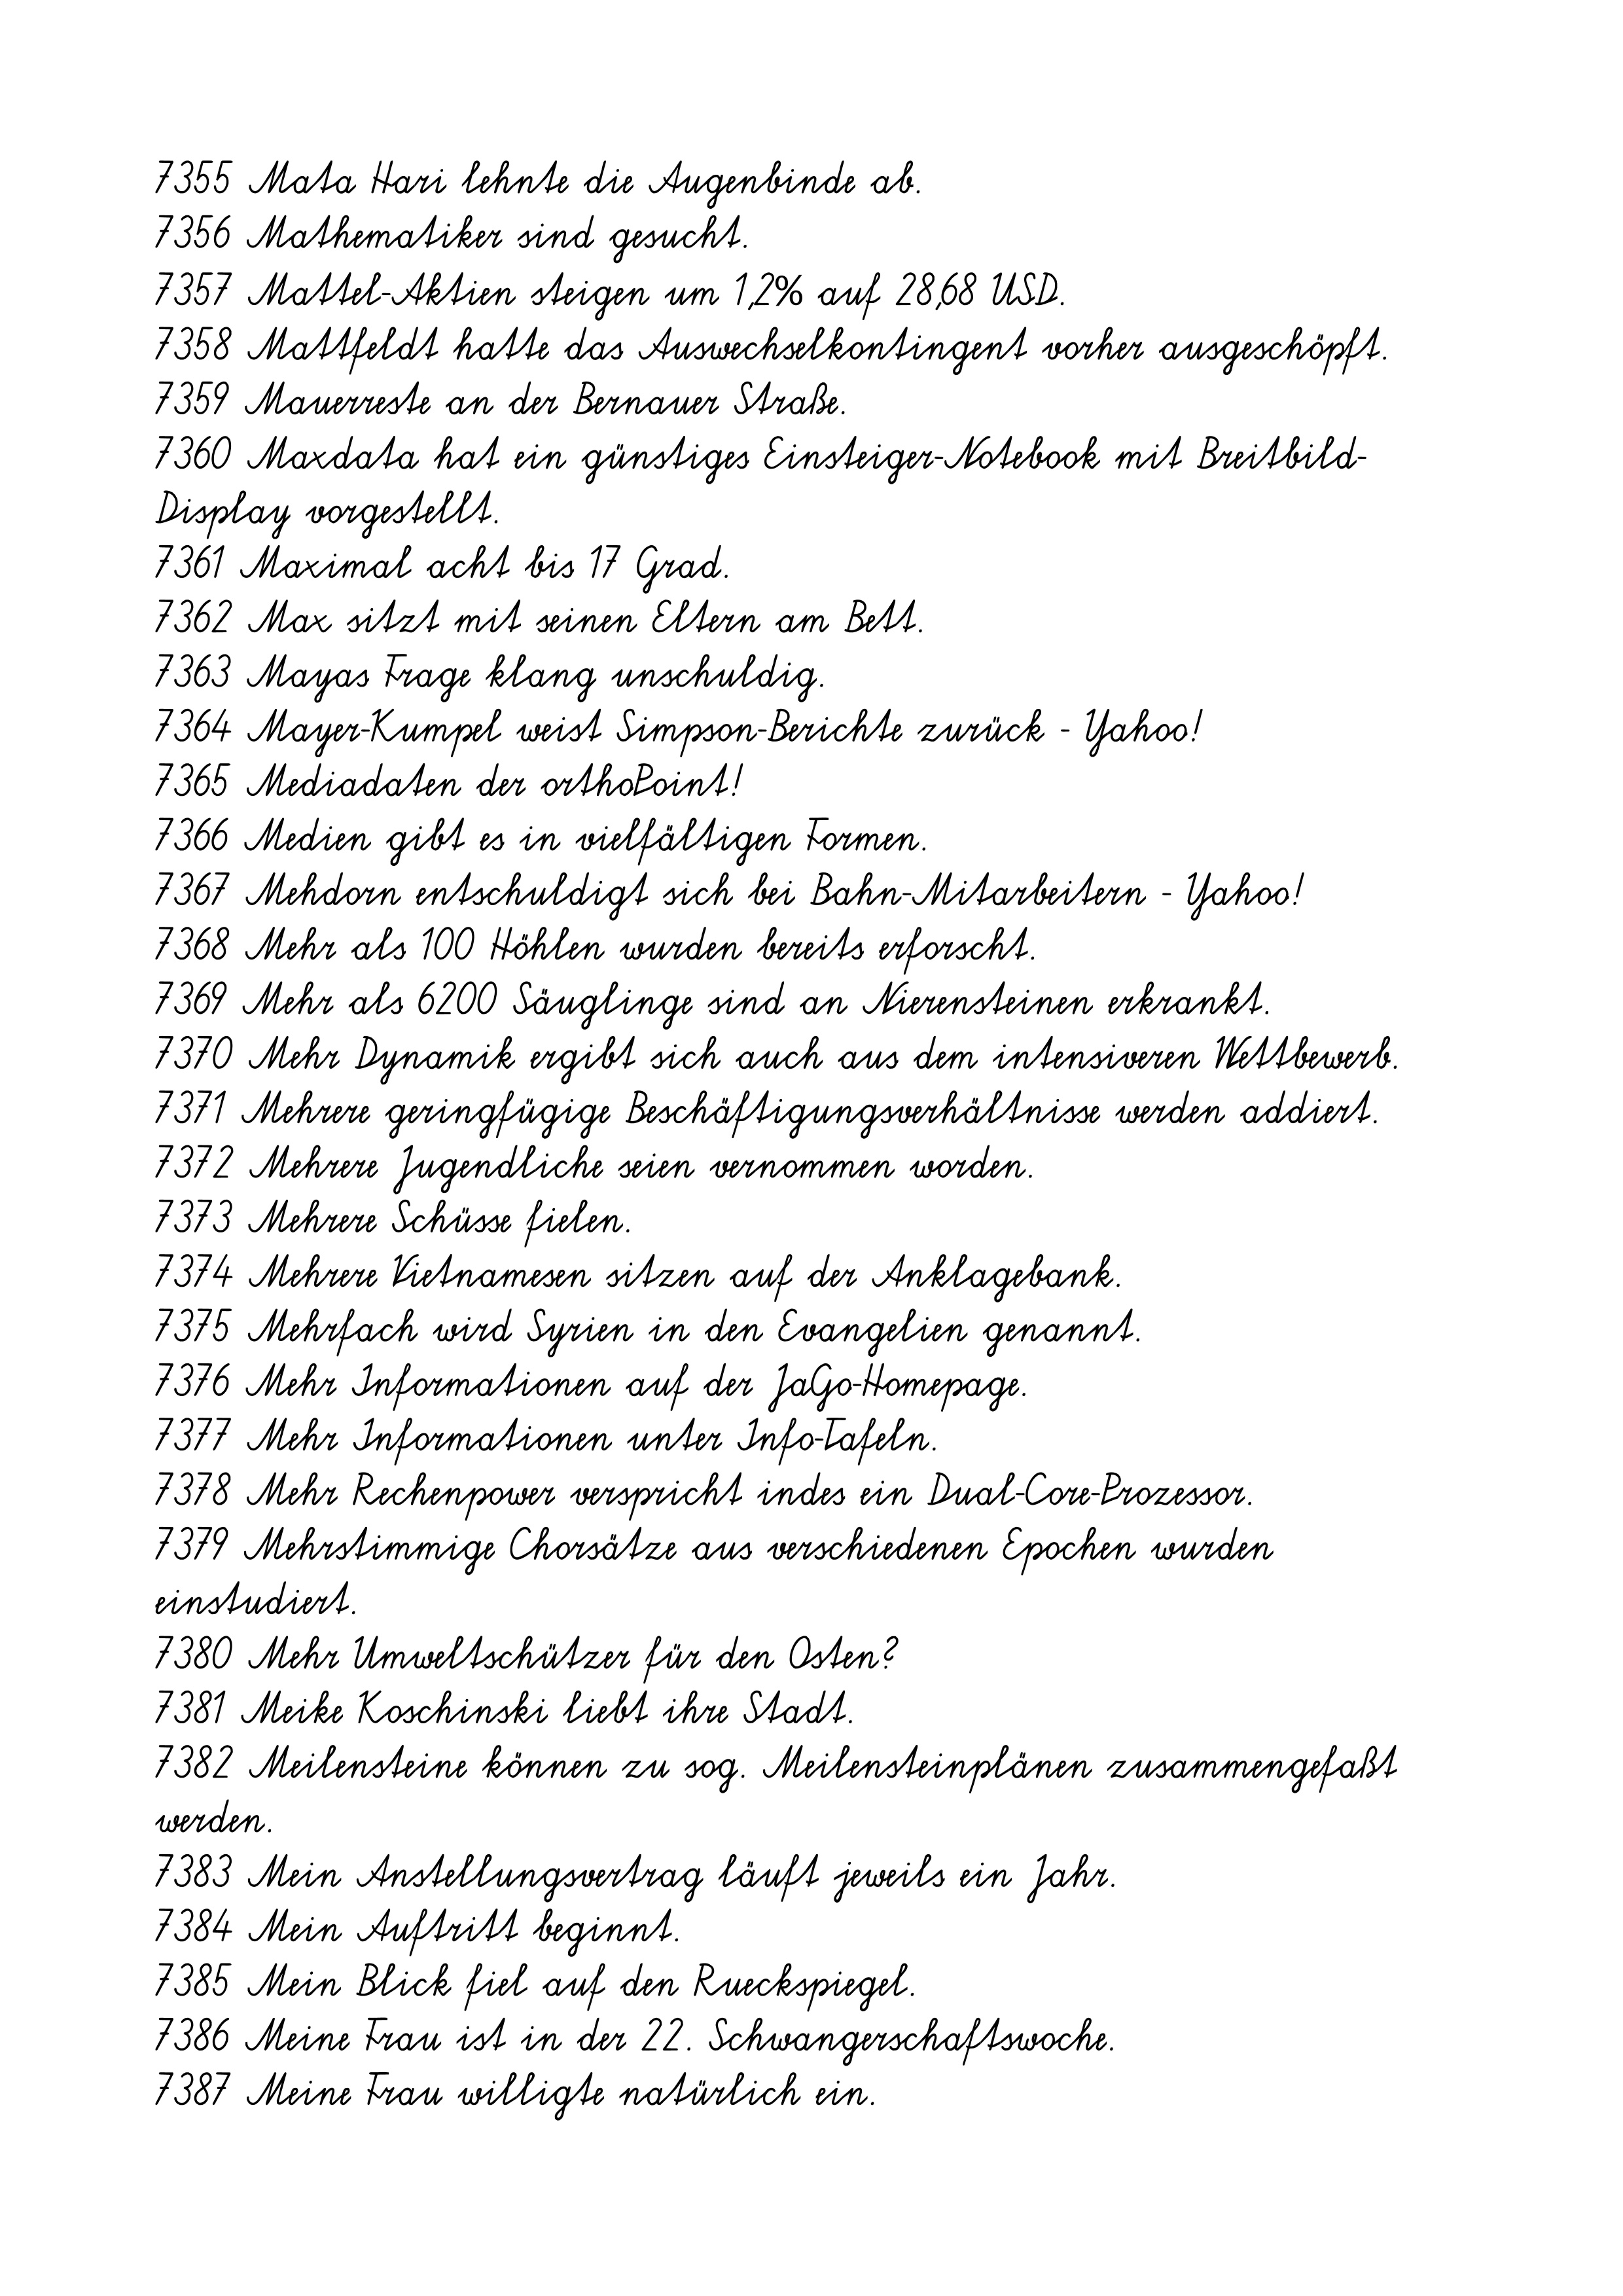
7355 Mata Hari lehnte die Augenbinde ab.
7356 Mathematiker sind gesucht.
7357 Mattel-Aktien steigen um 1,2% auf 28,68 USD.
7358 Mattfeldt hatte das Auswechselkontingent vorher ausgeschöpft.
7359 Mauerreste an der Bernauer Straße.
7360 Maxdata hat ein günstiges Einsteiger-Notebook mit Breitbild-
Display vorgestellt.
7361 Maximal acht bis 17 Grad.
7362 Max sitzt mit seinen Eltern am Bett.
7363 Mayas Frage klang unschuldig.
7364 Mayer-Kumpel weist Simpson-Berichte zurück - Yahoo!
7365 Mediadaten der orthoPoint!
7366 Medien gibt es in vielfältigen Formen.
7367 Mehdorn entschuldigt sich bei Bahn-Mitarbeitern - Yahoo!
7368 Mehr als 100 Höhlen wurden bereits erforscht.
7369 Mehr als 6200 Säuglinge sind an Nierensteinen erkrankt.
7370 Mehr Dynamik ergibt sich auch aus dem intensiveren Wettbewerb.
7371 Mehrere geringfügige Beschäftigungsverhältnisse werden addiert.
7372 Mehrere Jugendliche seien vernommen worden.
7373 Mehrere Schüsse fielen.
7374 Mehrere Vietnamesen sitzen auf der Anklagebank.
7375 Mehrfach wird Syrien in den Evangelien genannt.
7376 Mehr Informationen auf der JaGo-Homepage.
7377 Mehr Informationen unter Info-Tafeln.
7378 Mehr Rechenpower verspricht indes ein Dual-Core-Prozessor.
7379 Mehrstimmige Chorsätze aus verschiedenen Epochen wurden
einstudiert.
7380 Mehr Umweltschützer für den Osten?
7381 Meike Koschinski liebt ihre Stadt.
7382 Meilensteine können zu sog. Meilensteinplänen zusammengefaßt
werden.
7383 Mein Anstellungsvertrag läuft jeweils ein Jahr.
7384 Mein Auftritt beginnt.
7385 Mein Blick fiel auf den Rueckspiegel.
7386 Meine Frau ist in der 22. Schwangerschaftswoche.
7387 Meine Frau willigte natürlich ein.